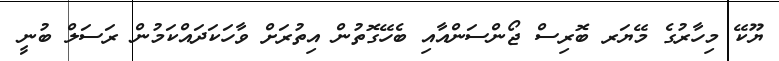
ޔޫކޭ މިހާރުގެ މޭޔަރ ބޮރިސް ޖޯންސަންއާއި ބެހޭގޮތުން އިތުރަށް ވާހަކަދައްކަމުން ރަސަލް ބުނީ